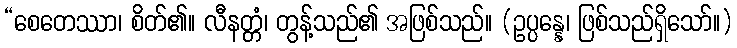
“စေတေဿာ၊ စိတ်၏။ လီနတ္တံ၊ တွန့်သည်၏ အဖြစ်သည်။ (ဥပ္ပန္နေ၊ ဖြစ်သည်ရှိသော်။)